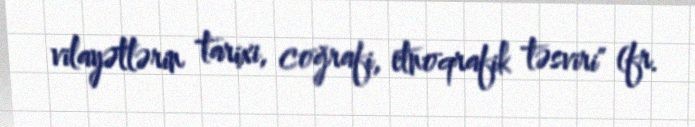
vilayətlərin tarixi, coğrafi, etnoqrafik təsviri" (fr.